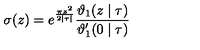
\sigma ( z ) = e ^ { \frac { \pi z ^ { 2 } } { 2 | \tau | } } \frac { \vartheta _ { 1 } ( z \mid \tau ) } { \vartheta _ { 1 } ^ { \prime } ( 0 \mid \tau ) }